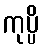
ကုပ္ပိ